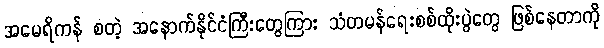
အမေရိကန် စတဲ့ အနောက်နိုင်ငံကြီးတွေကြား သံတမန်ရေးစစ်ထိုးပွဲတွေ ဖြစ်နေတာကို